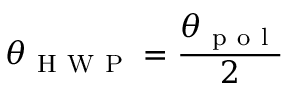
\theta _ { \mathrm { ~ H ~ W ~ P ~ } } = \frac { \theta _ { \mathrm { ~ p ~ o ~ l ~ } } } { 2 }